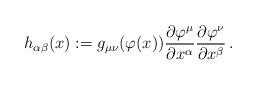
LaTeX: \begin{align*}h_{\alpha\beta}(x):=g_{\mu\nu}(\varphi(x))\frac{\partial\varphi^\mu}{\partial x^\alpha}\frac{\partial\varphi^\nu}{\partial x^\beta}\,.\end{align*}